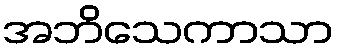
အဘိသေကာသာ